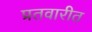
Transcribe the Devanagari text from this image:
प्रतवारीत